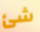
شئ